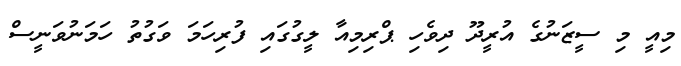
މިއީ މި ސީޒަނުގެ އުރީދޫ ދިވެހި ޕްރިމިއާ ލީގުގައި ފުރިހަމަ ވަގުތު ހަމަނުވަނީސް